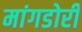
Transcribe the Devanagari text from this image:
मांगडोरी